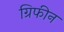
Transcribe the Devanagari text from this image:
ग्रिफीन